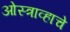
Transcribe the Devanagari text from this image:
ओस्त्राव्हाचे